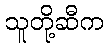
သူတို့ဆီက